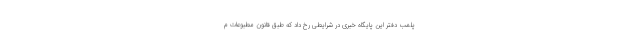
پلمب دفتر این پایگاه خبری در شرایطی رخ داد که طبق قانون مطبوعات م